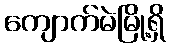
ကျောက်မဲမြို့ရှိ